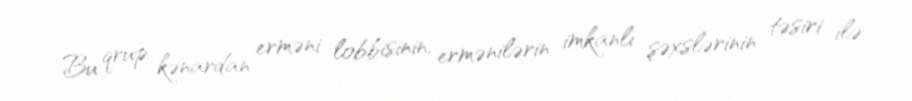
Bu qrup kənardan erməni lobbisinin, ermənilərin imkanlı şəxslərinin təsiri ilə